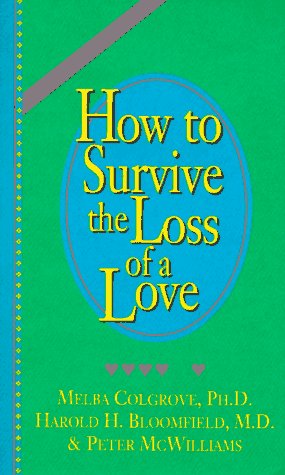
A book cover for How to Survive the Loss of a Love; Peter McWilliams; Self-Help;